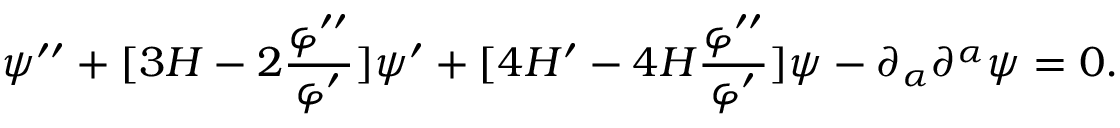
\psi ^ { \prime \prime } + [ 3 { \cal H } - 2 \frac { \varphi ^ { \prime \prime } } { \varphi ^ { \prime } } ] \psi ^ { \prime } + [ 4 { \cal H } ^ { \prime } - 4 { \cal H } \frac { \varphi ^ { \prime \prime } } { \varphi ^ { \prime } } ] \psi - \partial _ { \alpha } \partial ^ { \alpha } \psi = 0 .